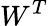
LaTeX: W^{T}